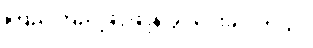
ကြည်ကြည်ဖြူဖြူနဲ့ ခွင့်ပေးခဲ့ပါတယ်။